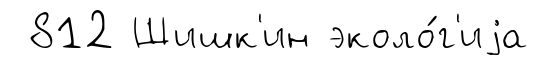
812 Шишк'ин эколо́г'иjа